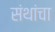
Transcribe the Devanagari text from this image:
संथांचा